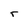
Character: r